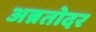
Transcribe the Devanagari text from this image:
अन्नतोदर